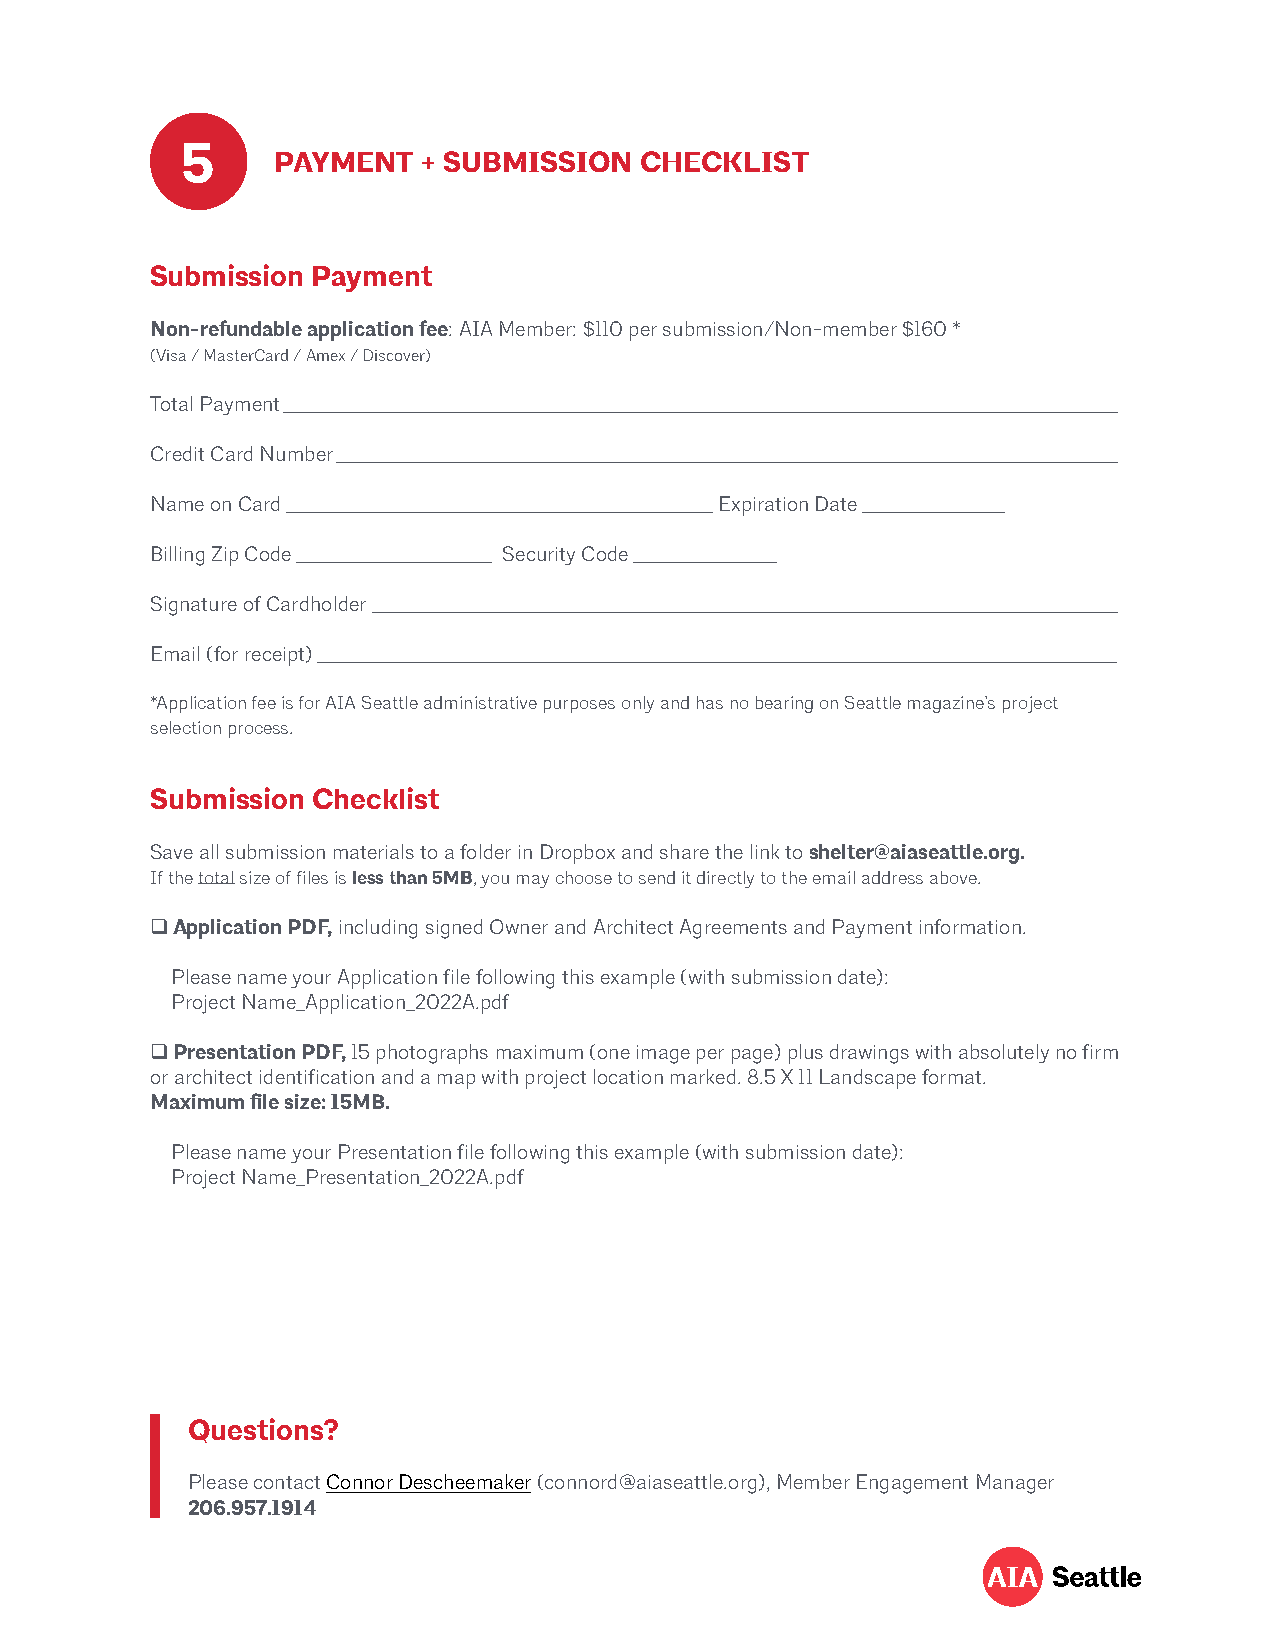
5
 PAYMENT   + SUBMISSION  CHECKLIST
 Submission Payment
 Non-refundable application fee: AIA Member: $110 per submission/Non-member $160 *
 (Visa / MasterCard / Amex / Discover)
 Total Payment ______________________________________________________________________________________________
 Credit Card Number ________________________________________________________________________________________
 Name on Card ________________________________________________ Expiration Date ________________
 Billing Zip Code ______________________ Security Code ________________
 Signature of Cardholder ____________________________________________________________________________________
 Email (for receipt) __________________________________________________________________________________________
 *Application fee is for AIA Seattle administrative purposes only and has no bearing on Seattle magazine’s project
 selection process.
 Submission Checklist
 Save all submission materials to a folder in Dropbox and share the link to shelter@aiaseattle.org.
 If the total size of files is less than 5MB, you may choose to send it directly to the email address above.
 Application PDF, including signed Owner and Architect Agreements and Payment information.
 Please name your Application file following this example (with submission date):
 Project Name_Application_2022A.pdf
 Presentation PDF, 15 photographs maximum (one image per page) plus drawings with absolutely no firm
 or architect identification and a map with project location marked. 8.5 X 11 Landscape format.
 Maximum file size: 15MB.
 Please name your Presentation file following this example (with submission date):
 Project Name_Presentation_2022A.pdf
 Questions?
 Please contact Connor Descheemaker (connord@aiaseattle.org), Member Engagement Manager
 206.957.1914